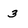
Character: 3